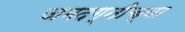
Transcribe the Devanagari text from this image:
जमदग्नीच्या